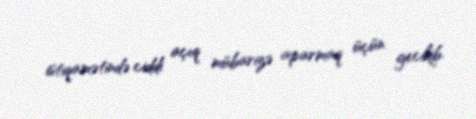
istiqamətində ciddi açıq mübarizə aparmaq üçün gecikib.